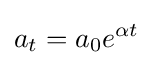
a_{t}=a_{0}e^{\alpha t}